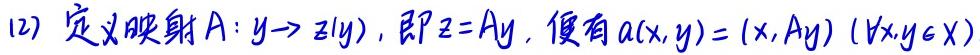
(12) 定义映射$A:y\to z(y)$，即$z = Ay$，便有$a(x,y)=(x,Ay)\ (\forall x,y\in X)$